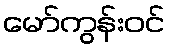
မော်ကွန်းဝင်